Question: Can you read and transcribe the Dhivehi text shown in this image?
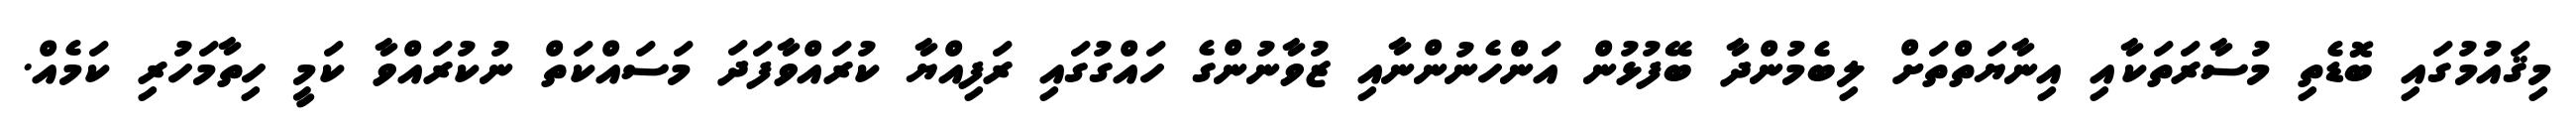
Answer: މިޤައުމުގައި ބޮޑެތި މުސާރަތަކާއި އިނާޔަތްތަށް ލިބެމުންދާ ބޭފުޅުން އަންހެނުންނާއި ޒުވާނުންގެ ހައްގުގައި ރަފިއްޔާ ކުރައްވާފަދަ މަސައްކަތް ނުކުރައްވާ ކަމީ ހިތާމަހުރި ކަމެއް.